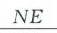
\(NE\)